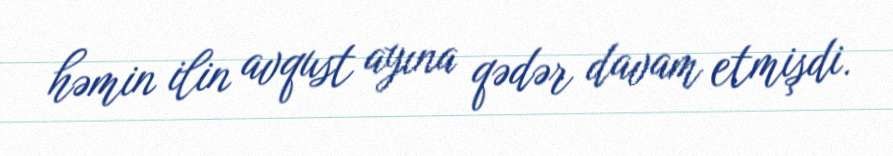
həmin ilin avqust ayına qədər davam etmişdi.